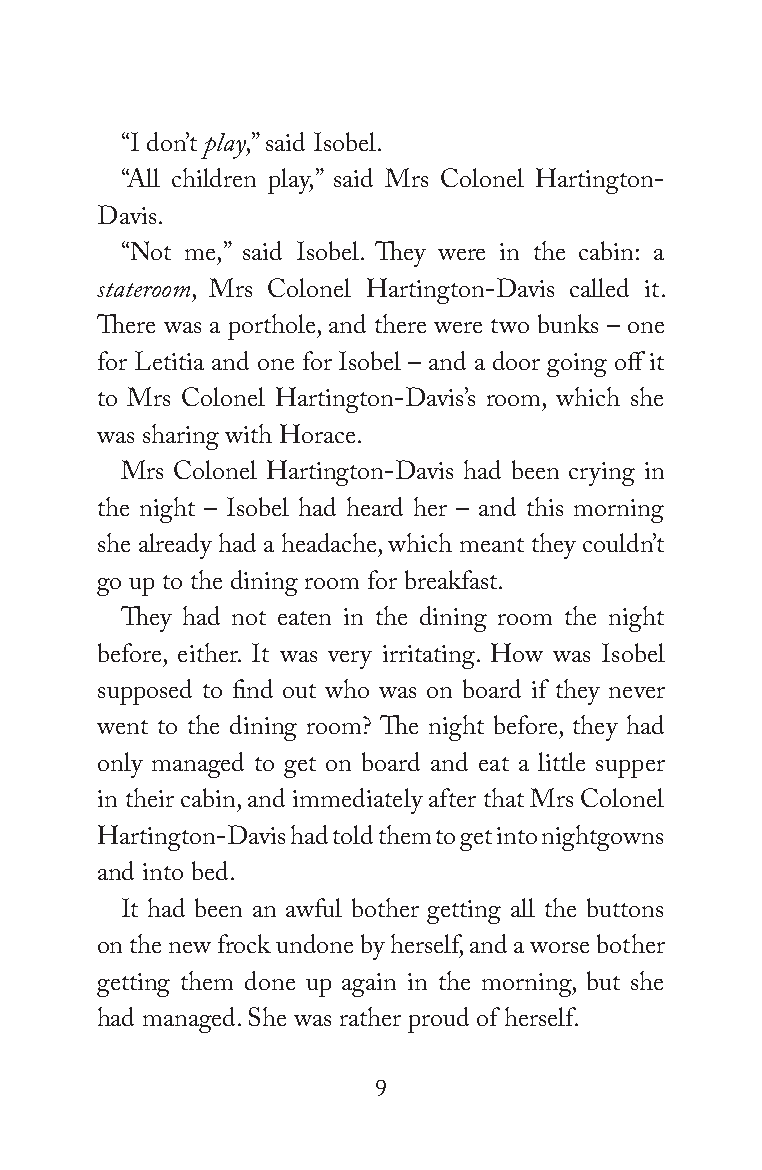
“I don’t play,” said Isobel.
 “All children play,” said Mrs Colonel Hartington-
 Davis.
 “Not me,” said Isobel. They were in the cabin: a
 stateroom, Mrs Colonel Hartington-Davis called it.
 There was a porthole, and there were two bunks – one
 for Letitia and one for Isobel – and a door going off it
 to Mrs Colonel Hartington-Davis’s room, which she
 was sharing with Horace.
 Mrs Colonel Hartington-Davis had been crying in
 the night – Isobel had heard her – and this morning
 she already had a headache, which meant they couldn’t
 go up to the dining room for breakfast.
 They had not eaten in the dining room the night
 before, either. It was very irritating. How was Isobel
 supposed to find out who was on board if they never
 went to the dining room? The night before, they had
 only managed to get on board and eat a little supper
 in their cabin, and immediately after that Mrs Colonel
 Hartington-Davis had told them to get into nightgowns
 and into bed.
 It had been an awful bother getting all the buttons
 on the new frock undone by herself, and a worse bother
 getting them done up again in the morning, but she
 had managed. She was rather proud of herself.
 9